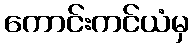
ကောင်းကင်ယံမှ